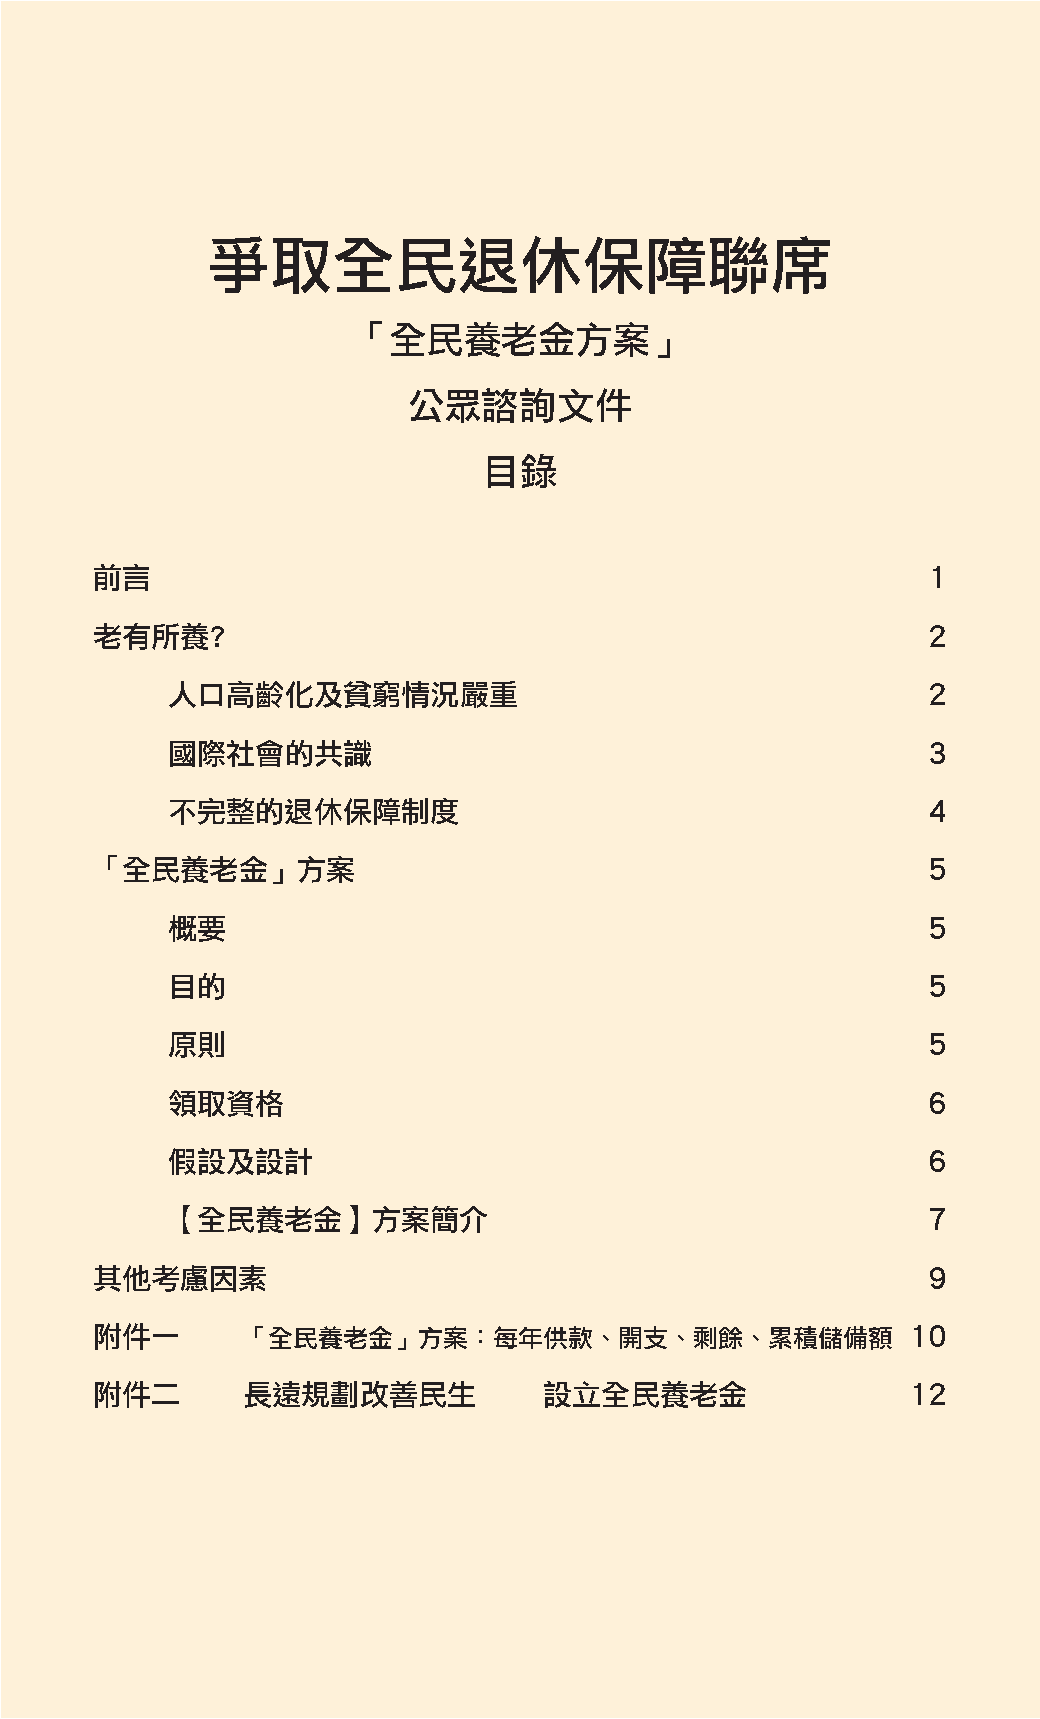
爭取全民退休保障聯席
 「全民養老金方案」
 公眾諮詢文件
 目錄
 前言                                                     1
 老有所養?                                                  2
 人口高齡化及貧窮情況嚴重                                      2
 國際社會的共識                                           3
 不完整的退休保障制度                                        4
 「全民養老金」方案                                              5
 概要                                                5
 目的                                                5
 原則                                                5
 領取資格                                              6
 假設及設計                                             6
 【全民養老金】方案簡介                                       7
 其他考慮因素                                                 9
 附件一       「全民養老金」方案：每年供款、開支、剩餘、累積儲備額                  10
 附件二       長遠規劃改善民生            設立全民養老金                 12